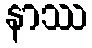
နာဿ